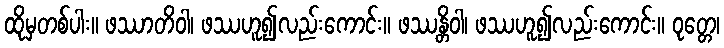
ထိုမှတစ်ပါး။ ဖဿာတိဝါ၊ ဖဿဟူ၍လည်းကောင်း။ ဖဿန္တိဝါ၊ ဖဿဟူ၍လည်းကောင်း။ ဝုတ္တေ၊